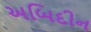
અબિદીન